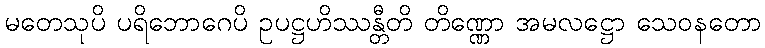
မတေသုပိ ပရိဘောဂေပိ ဥပဋ္ဌဟိဿန္တီတိ တိဏ္ဏော အမလဋ္ဌော သေဝနတော